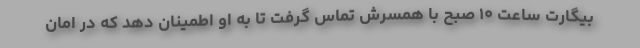
بیگارت ساعت ۱۰ صبح با همسرش تماس گرفت تا به او اطمینان دهد که در امان